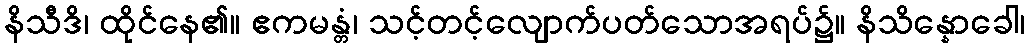
နိသီဒိ၊ ထိုင်နေ၏။ ဧကမန္တံ၊ သင့်တင့်လျောက်ပတ်သောအရပ်၌။ နိသိန္နောခေါ၊